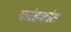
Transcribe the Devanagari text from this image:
करंडकांत